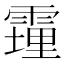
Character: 䨪